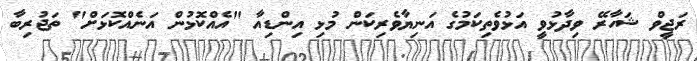
ރަޖީވް ޝަހާރޭ ވިދާޅުވީ އަޅުވެތިކަމުގެ އަނިޔާވެރިކަން މުޅި އިންޑިއާ "އެއްކޮޅުން އަނެއްކޮޅަށް" ތަޖުރިބާ